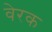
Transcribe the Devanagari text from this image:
वेरक